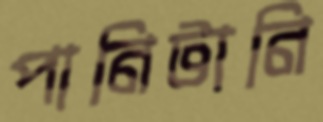
পানিটানি